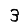
Digit: 3